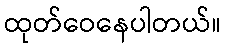
ထုတ်ဝေနေပါတယ်။